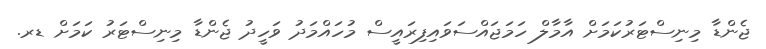
ޖެންޑާ މިނިސްޓަރުކަމަށް އާމާލް ހަމަޖައްސަވައިފިރައީސް މުހައްމަދު ވަހީދު ޖެންޑާ މިނިސްޓަރު ކަމަށް ޑރ.